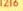
1216